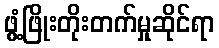
ဖွံ့ဖြိုးတိုးတက်မှုဆိုင်ရာ